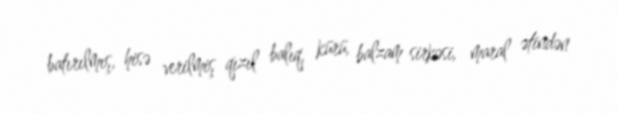
batırılmış, hisə verilmiş qızıl balıq, kürü, balzam sirkəsi, maral ətindən